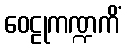
ဝေဠုကဏ္ဍကိံ